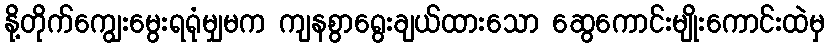
နို့တိုက်ကျွေးမွေးရရုံမျှမက ကျနစွာရွေးချယ်ထားသော ဆွေကောင်းမျိုးကောင်းထဲမှ